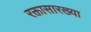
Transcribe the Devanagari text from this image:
रक्तासारख्या